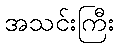
အသင်းကြီး